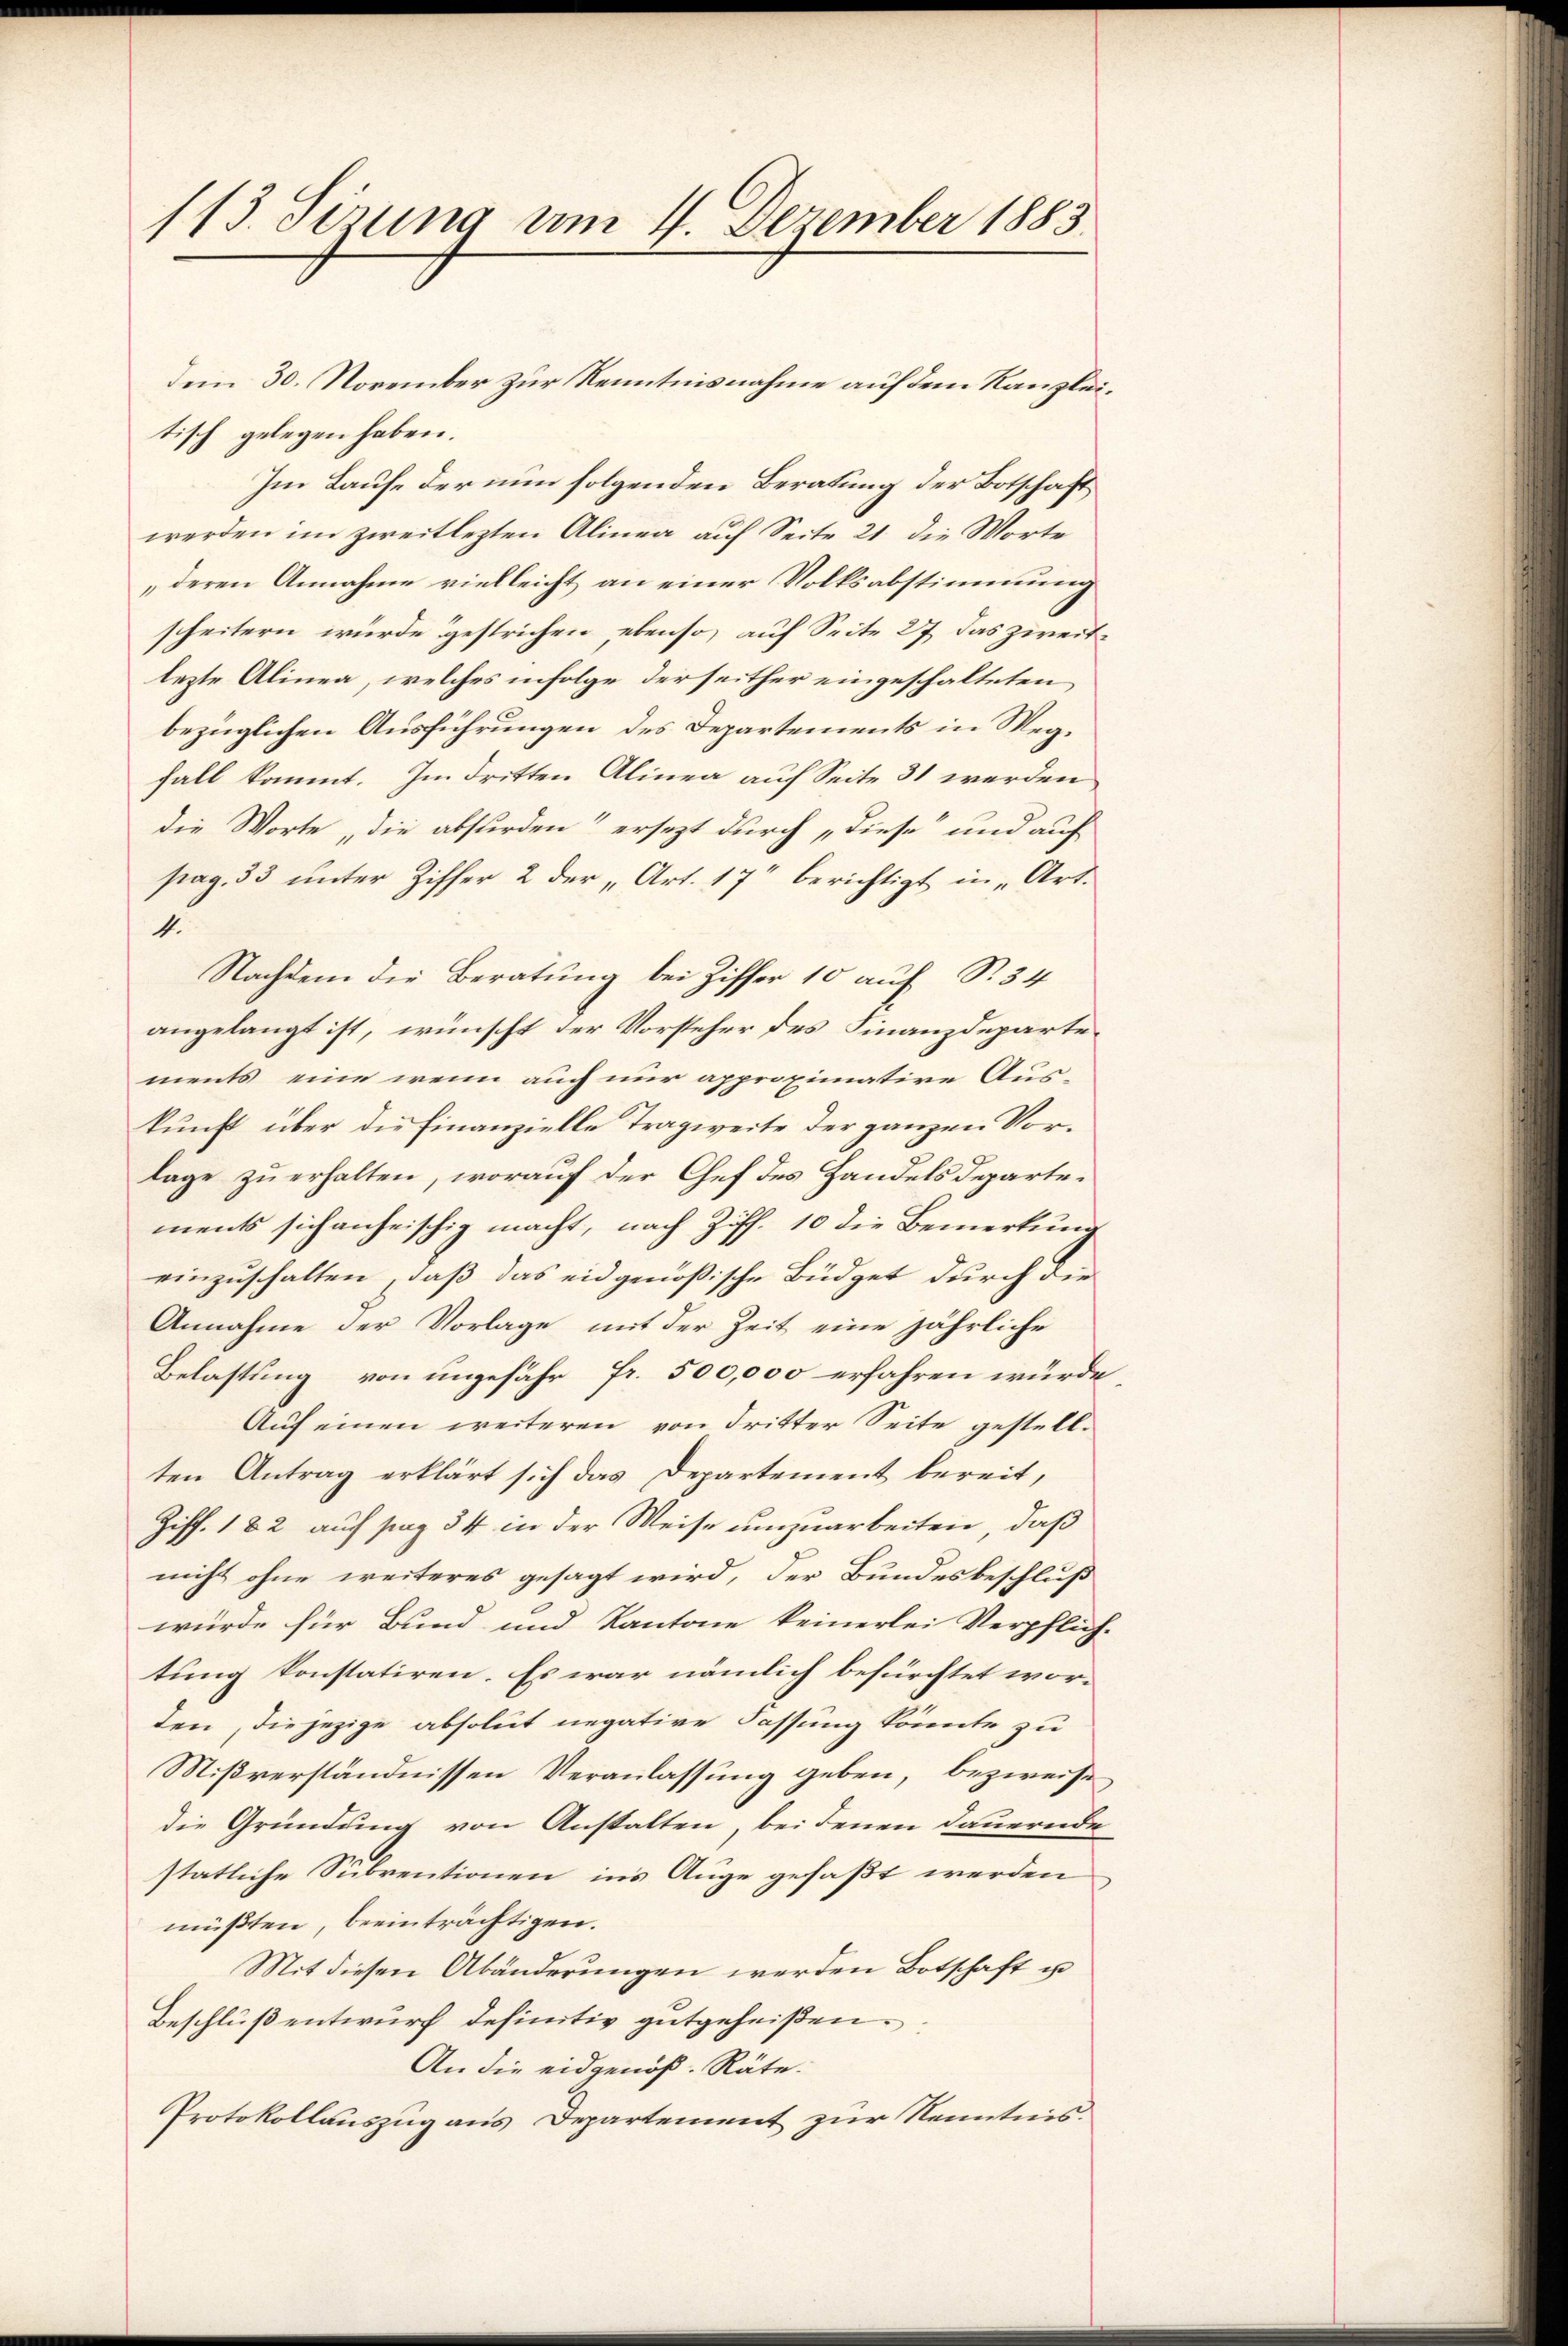
113. Sizung am 4. Dezember 1885

tisch gelegen haben.
Im Laufe der nun folgenden Beratung der Botschaft
werden im zweitlezten Alinea auf Seite 21 die Worte
deren Annahme vielleicht an einer Volksabstimmung
scheitern würde gestrichen, ebenso, auf Seite 27, das zweitlezte Alinea, welches infolge der seither eingeschalteten
bezüglichen Ausführungen des Departements in Wegfall kommt. Im dritten Alinea auf Seite 31 werden
die Worte die absurden“ ersezt durch „diese und auf
pag. 33 unter Ziffer 2 der „Art. 17 berichtigt in Art.
1
Nachdem die Beratung bei Ziffer 10 auf S. 34
angelangt ist, wünscht der Vorsteher des Finanzdepartements, eine wenn auch nur approximative Auskunft über die Finanzielle Tragweite der ganzen Vorlage zu erhalten, worauf der Chef des Handelsdepartements sich anheischig macht, nach Ziff. 10 die Bemerkung
einzuschalten, daß das eidgenößische Büdget durch die
Annahme der Vorlage mit der Zeit eine jährliche
Belastung von ungefähr fr. 500,000 erfahren würde
Auf einen weiteren von dritter Seite gestellten Antrag erklärt sich das Departement bereit,
Ziff. 182 auf sag 34 in der Weise umzuarbeiten, daß
nicht ohne weiteres gesagt wird, der Bundesbeschluß
würde für Bund und Kantone keinerlei Verpflich-
tung konstatiren. Es war nämlich befürchtet wor-
den, diejezige absolut negative Fassung könnte zu
Mißverständnissen Veranlassung geben, bezweife
die Gründung von Anstalten, bei denen Dauernde
statliche Subventionen in’s Auge gefaßt werden
müßten, beeinträchtigen.
Mit diesen Abänderungen werden Botschaft u
Beschluß entwurf definitiv gutgeheißen.
An die eidgenöß. Räte.
Protokollauszug aus Departement zur Kenntnis.

dem 30. November zur Kenntnisnahme auf dem Kanzlei¬